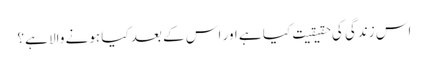
اس زندگی کی حقیقیت کیا ہے اور اس کے بعد کیا ہونے والا ہے؟